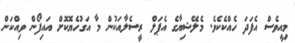
މިއީވެސް އެފަދަ ހެއްކެކެވެ. މެލޭޝިޔާގެ އެޕަލް ރީސެލާއަކުން މާ އަގުހެޔޮކޮށް އައިފޯން ވިއްކަން